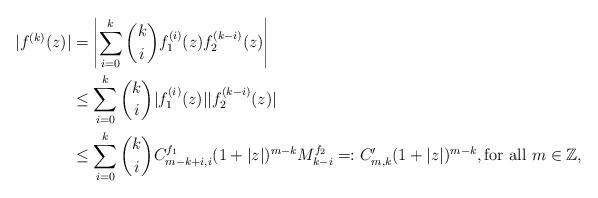
LaTeX: \begin{align*}|f^{(k)}(z)|&=\left|\sum_{i=0}^k \binom{k}{i}f_1^{(i)}(z)f_2^{(k-i)}(z)\right|\\&\leq \sum_{i=0}^k \binom{k}{i}|f_1^{(i)}(z)||f_2^{(k-i)}(z)|\\&\leq \sum_{i=0}^k \binom{k}{i} C^{f_1}_{m-k+i,i}(1+|z|)^{m-k}M^{f_2}_{k-i}=:C'_{m,k}(1+|z|)^{m-k},\mbox{for all}~m\in\mathbb{Z},\end{align*}